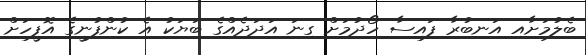
ބެލުމަށާއި އަނބުރާ ފައިސާ ހޯދުމަށް ގިނަ އަދަދެއްގެ ބަޔަކު އެ ކުންފުނީގެ އޮފީހަށް